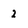
Character: 2